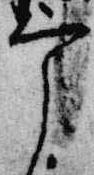
宰